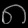
Digit: ၈